画像に写った文字を読んでください
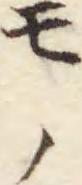
「モノ」と書いてあります